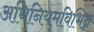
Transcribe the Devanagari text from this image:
अधिनियमविभिन्न